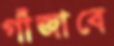
গাঁজাবে